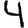
Digit: 4